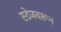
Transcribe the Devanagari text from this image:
स्टेजवरून